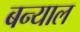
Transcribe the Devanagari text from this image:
बन्‍याल